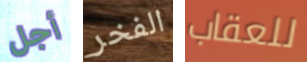
أجل الفخر للعقاب